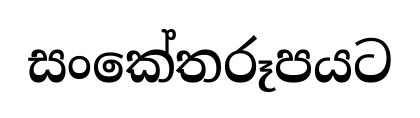
සංකේතරූපයට